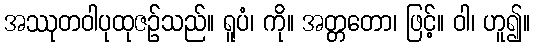
အဿုတဝါပုထုဇဉ်သည်။ ရူပံ၊ ကို။ အတ္တတော၊ ဖြင့်။ ဝါ၊ ဟူ၍။